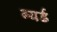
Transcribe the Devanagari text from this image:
ब्यर्ड